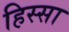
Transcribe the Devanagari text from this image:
हिस्सा